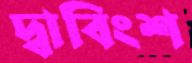
দ্বাবিংশ